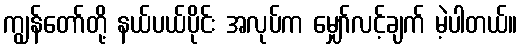
ကျွန်တော်တို့ နယ်ပယ်ပိုင်း အလုပ်က မျှော်လင့်ချက် မဲ့ပါတယ်။